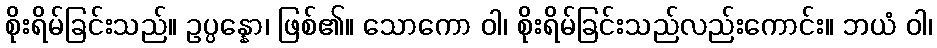
စိုးရိမ်ခြင်းသည်။ ဥပ္ပန္နော၊ ဖြစ်၏။ သောကော ဝါ၊ စိုးရိမ်ခြင်းသည်လည်းကောင်း။ ဘယံ ဝါ၊